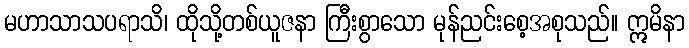
မဟာသာသပရာသိ၊ ထိုသို့တစ်ယူဇနာ ကြီးစွာသော မုန်ညင်းစေ့အစုသည်။ ဣမိနာ